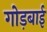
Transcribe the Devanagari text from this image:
गोड़बाई